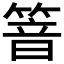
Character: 𰪍